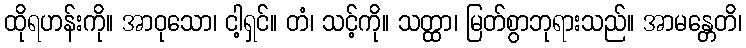
ထိုရဟန်းကို။ အာဝုသော၊ ငါ့ရှင်။ တံ၊ သင့်ကို။ သတ္ထာ၊ မြတ်စွာဘုရားသည်။ အာမန္တေတိ၊